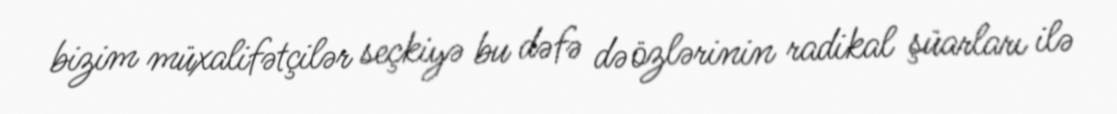
bizim müxalifətçilər seçkiyə bu dəfə də özlərinin radikal şüarları ilə